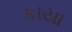
કાયા